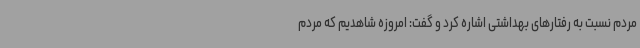
مردم نسبت به رفتارهای بهداشتی اشاره کرد و گفت: امروزه شاهدیم که مردم